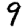
Digit: 9